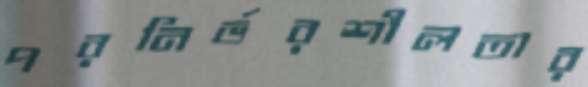
পরনির্ভরশীলতার